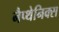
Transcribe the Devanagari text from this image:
नैप्थेनिक्स